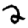
Digit: 2